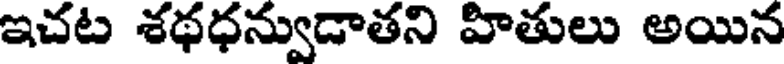
ఇచట శథధన్వుడాతని హితులు అయిన